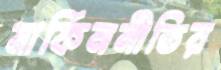
মার্কিননীতির